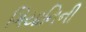
ગિયાનિની